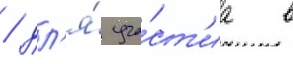
/ дл'я́ уча́ст'иа в